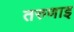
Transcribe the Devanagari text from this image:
तरुणाइ